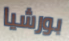
بورشيا